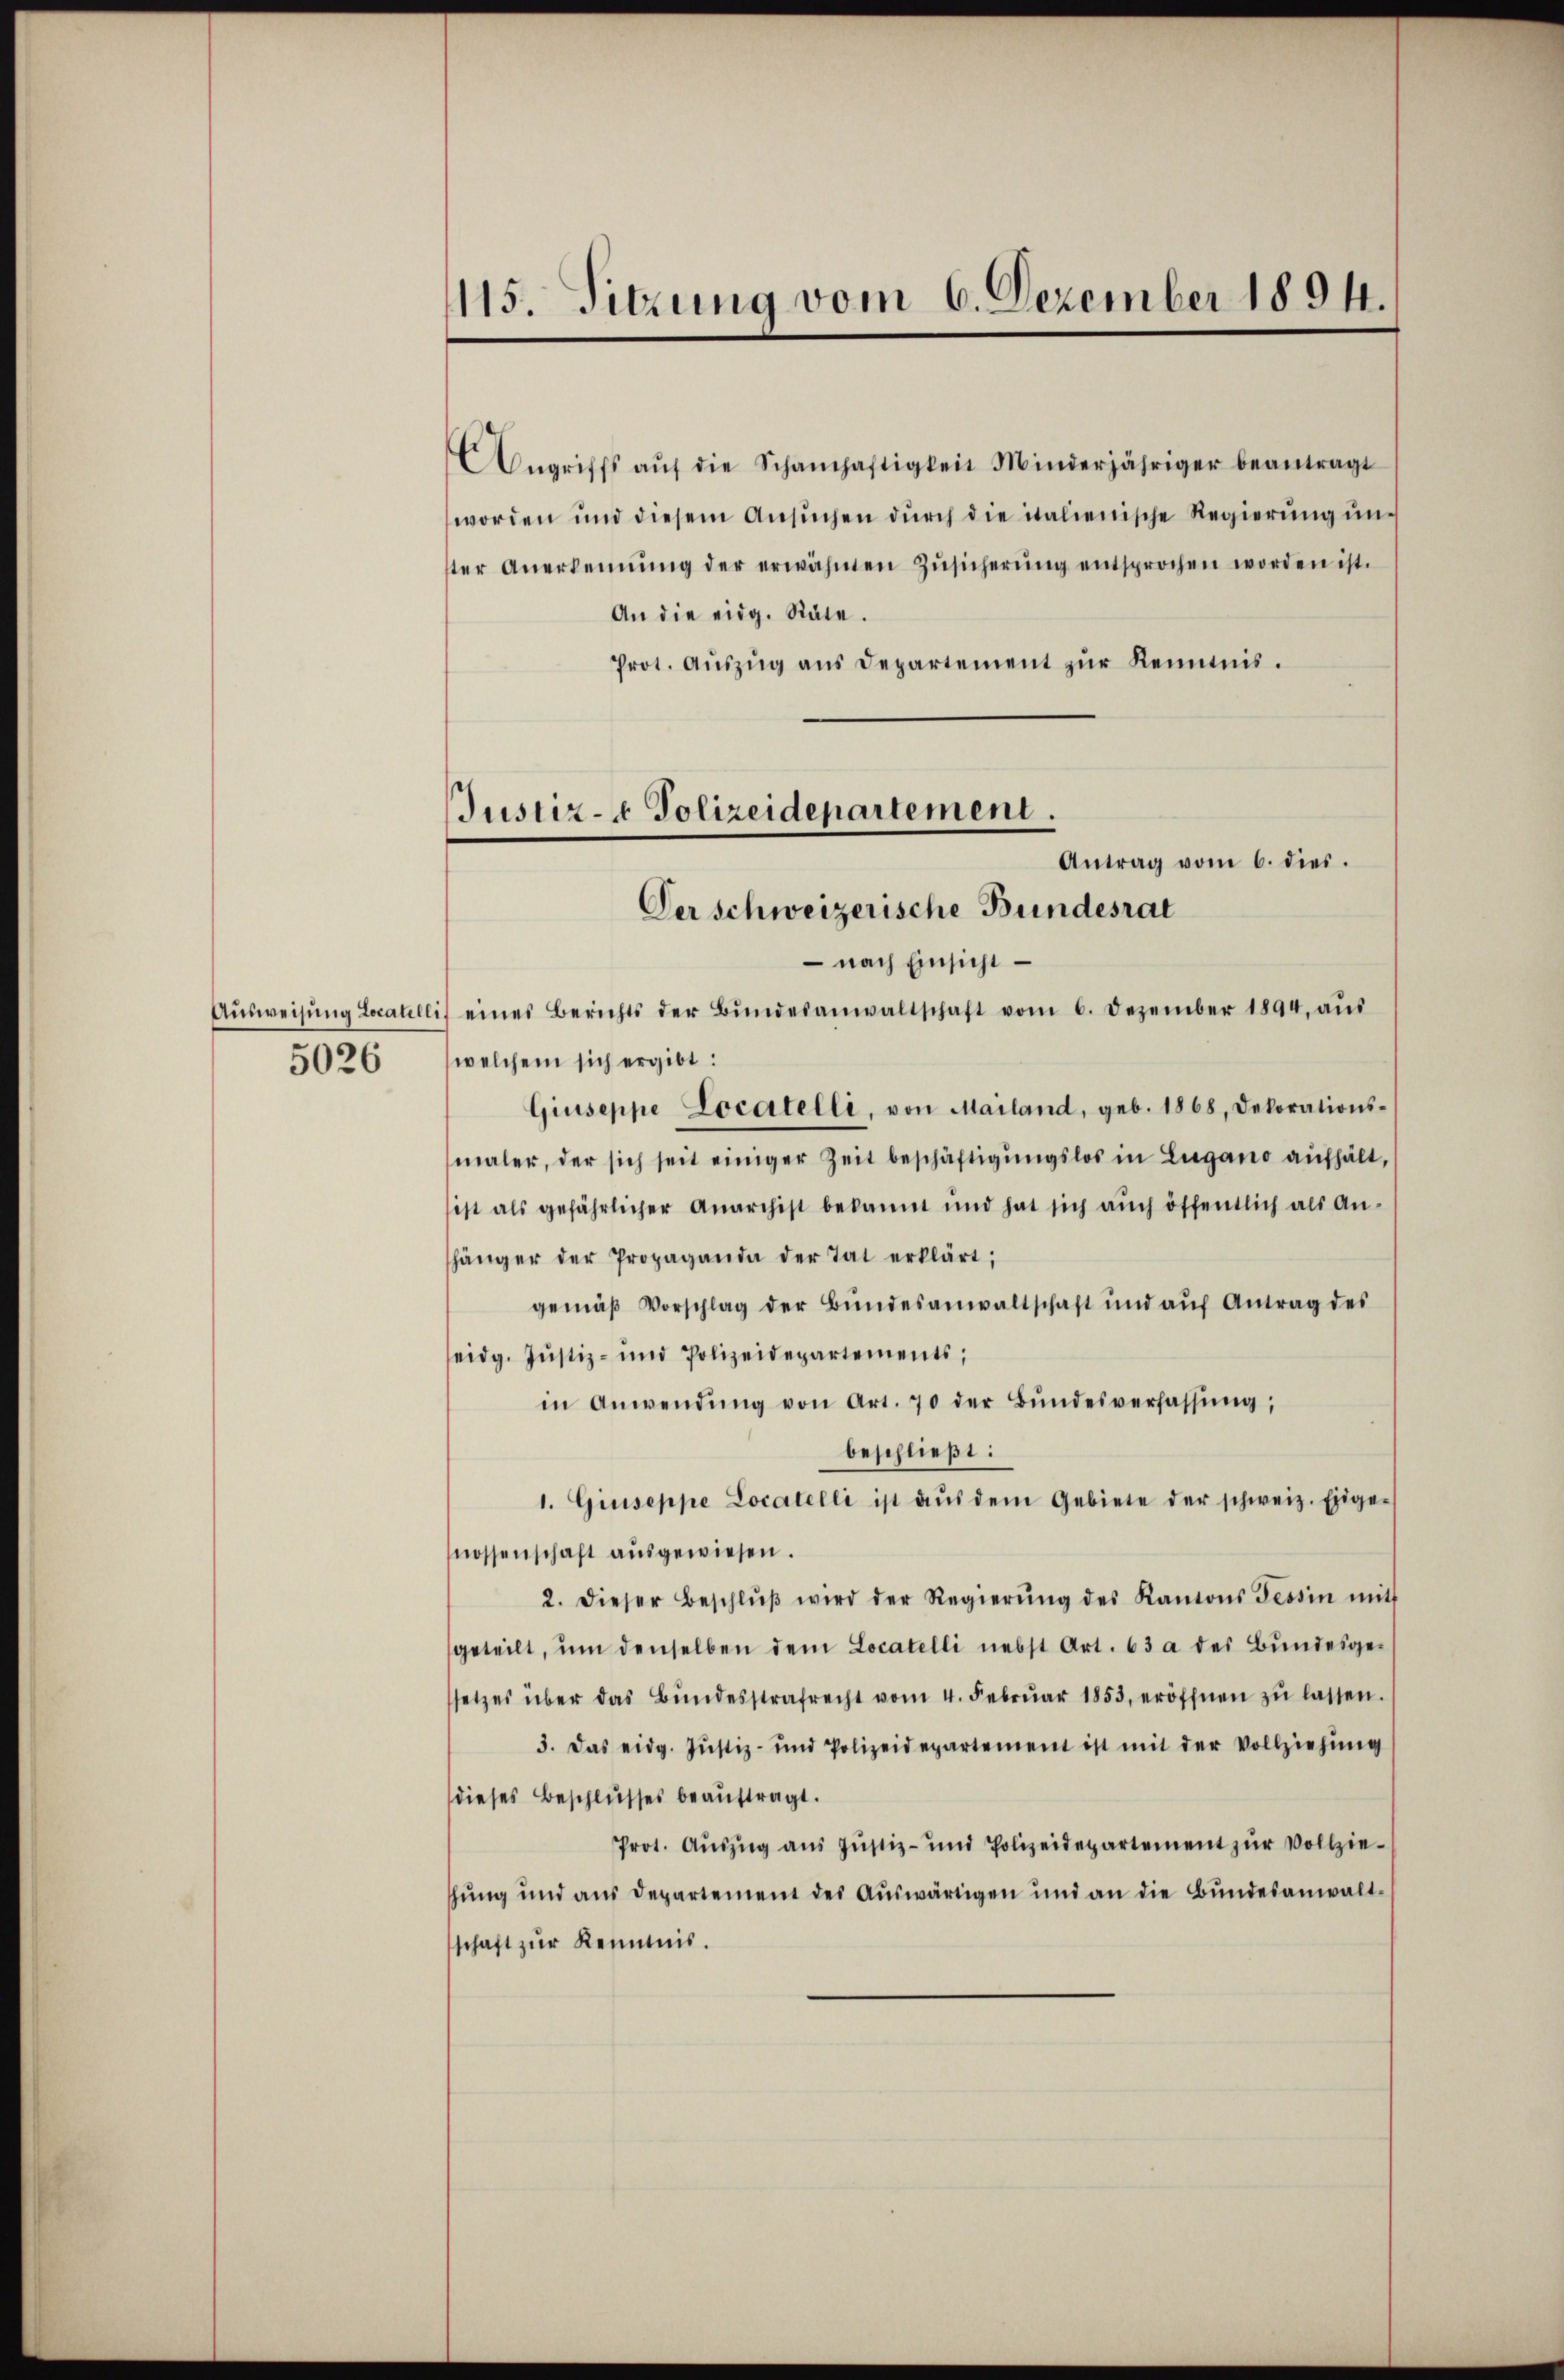
Ausweisung Localilli
5026

115. Sitzung vom 6. Dezember 1894.

Justiz- & Polizeidepartement.
Antrag vom 6. dies.
Der Schweizerische Bundesrat

Angriffs aŭf die Schamhaftigkeit Minderjähriger beantragt
worden und diesem Ansŭchen dŭrch die italienische Regierŭng ŭn-
ter Anerkennung der erwähnten Zŭsicherŭng entsprochen worden ist.
An die eidg. Räte.
Prot. Aŭszŭg ans Departement zŭr Kenntnis.
 nach Einsicht
eines Berichts der Bŭndesanwaltschaft vom 6. Dezember 1894. aŭs
welchem sich ergibt:
Giuseppe Locatelli, von Mailand, geb. 1868, Dekorations-
maler, der sich seit einiger Zeit beschäftigungslos in Lugano aufhält,
ist als gefährlicher Anarchist bekannt und hat sich aŭch öffentlich als An-
hänger der Propaganda der Tat erklärt;
gemäβ Vorschlag der Bŭndesanwaltschaft und aŭf Antrag des
eidg. Jŭstiz- und Polizeidepartements;
in Anwendŭng von Art. 70 der Bŭndesverfassŭng,
beschließt:
1. Giuseppe Locatelli ist aŭs dem Gebiete der schweiz. Eidge-
mossenschaft aŭsgewiesen.
2. dieser Beschlŭβ wird der Regierŭng des Kantons Tessin mit
geteilt, ŭm denselben dem Locatelli nebst Art. 63 a des Bŭndesge-
setzes über das Bŭndesstrafrecht vom 4. Febrŭar 1853, eröffnen zŭ lassen.
3. Das eidg. Jŭstiz- und Polizeidepartement ist mit der Vollziehŭng
dieses Beschlusses beauftragt.
Prot. Aŭszŭg aŭs Jŭstiz- und Polizeidepartement zŭr Vollzie-
hung und aus Departement des Aŭswärtigen und an die Bŭndesanwalt-
schaft zur Kenntnis.